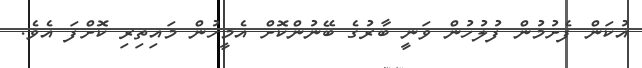
އުކަން ފެށުމުން ފުލުހުން ވަނީ ބާރުގެ ބޭނުންކޮށް އެމީހުން މައިތިރި ކޮށްފަ އެވެ.